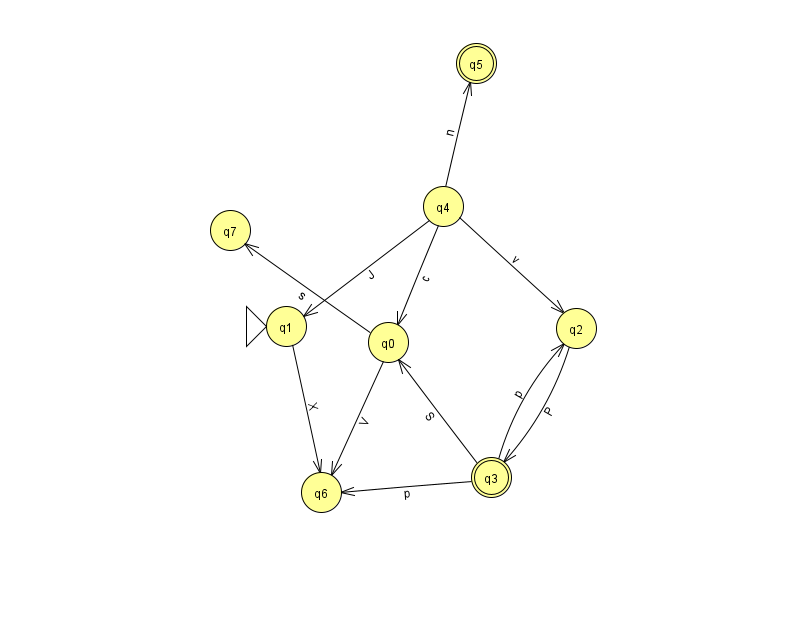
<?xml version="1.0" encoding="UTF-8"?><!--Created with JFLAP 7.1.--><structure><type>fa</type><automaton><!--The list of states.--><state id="0" name="q0"><x>388.0</x><y>329.0</y></state><state id="1" name="q1"><x>286.0</x><y>313.0</y><initial/></state><state id="2" name="q2"><x>576.0</x><y>315.0</y></state><state id="3" name="q3"><x>491.0</x><y>464.0</y><final/></state><state id="4" name="q4"><x>443.0</x><y>193.0</y></state><state id="5" name="q5"><x>476.0</x><y>50.0</y><final/></state><state id="6" name="q6"><x>321.0</x><y>479.0</y></state><state id="7" name="q7"><x>230.0</x><y>217.0</y></state><!--The list of transitions.--><transition><from>3</from><to>0</to><read>S</read></transition><transition><from>0</from><to>7</to><read>s</read></transition><transition><from>2</from><to>3</to><read>P</read></transition><transition><from>3</from><to>2</to><read>p</read></transition><transition><from>4</from><to>2</to><read>v</read></transition><transition><from>1</from><to>6</to><read>X</read></transition><transition><from>0</from><to>6</to><read>V</read></transition><transition><from>4</from><to>0</to><read>c</read></transition><transition><from>4</from><to>5</to><read>n</read></transition><transition><from>4</from><to>1</to><read>J</read></transition><transition><from>3</from><to>6</to><read>p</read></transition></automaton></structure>